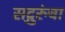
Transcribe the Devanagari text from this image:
सद्गुरुंचा